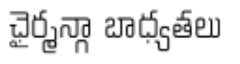
ఛైర్మన్గా బాధ్యతలు